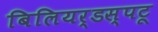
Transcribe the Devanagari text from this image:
बिलियर्डस्‌पटू